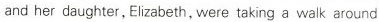
and her daughter,Elizabeth, were taking a walk around